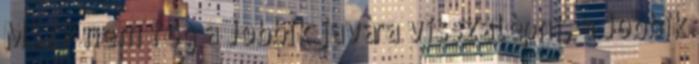
MSZP nem fog a Jobbik javára visszalépni, a Jobbik